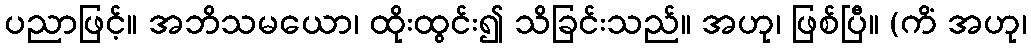
ပညာဖြင့်။ အဘိသမယော၊ ထိုးထွင်း၍ သိခြင်းသည်။ အဟု၊ ဖြစ်ပြီ။ (ကိံ အဟု၊